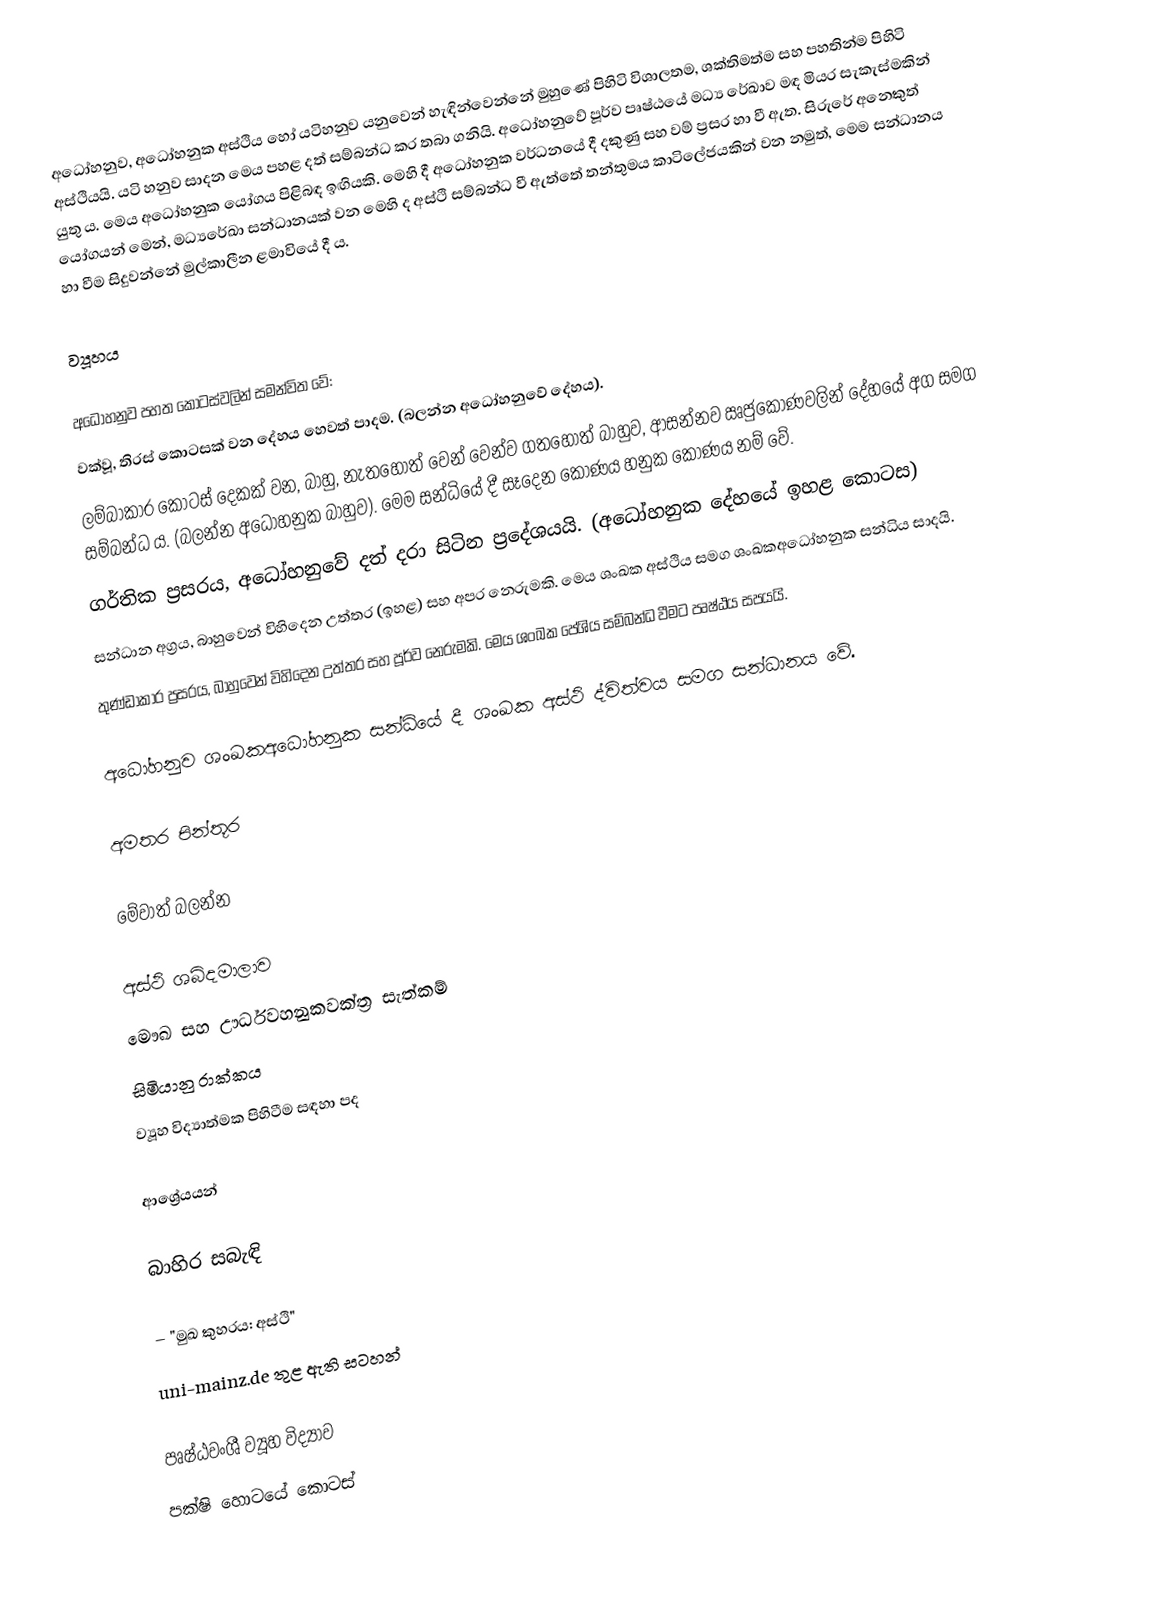
අධෝහනුව, අධෝහනුක අස්ථිය හෝ යටිහනුව යනුවෙන් හැඳින්වෙන්නේ මුහුණේ පිහිටි විශාලතම, ශක්තිමත්ම සහ පහතින්ම පිහිටි අස්ථියයි. යටි හනුව සාදන මෙය පහළ දත් සම්බන්ධ කර තබා ගනියි. අධෝහනුවේ පූර්ව පෘෂ්ඨයේ මධ්‍ය රේඛාව මඳ මියර සැකැස්මකින් යුතු ය. මෙය අධෝහනුක යෝගය පිළිබඳ ඉඟියකි. මෙහි දී අධෝහනුක වර්ධනයේ දී දකුණු සහ වම් ප්‍රසර හා වී ඇත.  සිරුරේ අනෙකුත් යෝගයන් මෙන්, මධ්‍යරේඛා සන්ධානයක් වන මෙහි ද අස්ථි සම්බන්ධ වී ඇත්තේ තන්තුමය කාටිලේජයකින් වන නමුත්, මෙම සන්ධානය හා වීම සිදුවන්නේ මුල්කාලීන ළමාවියේ දී ය.

ව්‍යූහය

අධෝහනුව පහත කොටස්වලින් සමන්විත වේ:
 වක්වූ, තිරස් කොටසක් වන දේහය හෙවත් පාදම. (බලන්න අධෝහනුවේ දේහය).
 ලම්බාකාර කොටස් දෙකක් වන, බාහු, නැතහොත් වෙන් වෙන්ව ගතහොත් බාහුව, ආසන්නව ඍජුකෝණවලින් දේහයේ අග සමග සම්බන්ධ ය. (බලන්න අධෝහනුක බාහුව). මෙම සන්ධියේ දී සෑදෙන කෝණය හනුක කෝණය නම් වේ.
 ගර්තික ප්‍රසරය, අධෝහනුවේ දත් දරා සිටින ප්‍රදේශයයි. (අධෝහනුක දේහයේ ඉහළ කොටස)
 සන්ධාන අග්‍රය, බාහුවෙන් විහිදෙන උත්තර (ඉහළ) සහ අපර නෙරුමකි. මෙය ශංඛක අස්ථිය සමග ශංඛකඅධෝහනුක සන්ධිය සාදයි.
 තුණ්ඩාකාර ප්‍රසරය, බාහුවෙන් විහිදෙන උත්තර සහ පූර්ව නෙරුමකි. මෙය ශංඛක පේශිය සම්බන්ධ වීමට පෘෂ්ඨය සපයයි.

අධෝහනුව ශංඛකඅධෝහනුක සන්ධියේ දී ශංඛක අස්ථි ද්විත්වය සමග සන්ධානය වේ.

අමතර පින්තූර

මේවාත් බලන්න

අස්ථි ශබ්දමාලාව
මෞඛ සහ ඌර්ධවහනුකවක්ත්‍ර සැත්කම්
සිමියානු රාක්කය
ව්‍යූහ විද්‍යාත්මක පිහිටීම සඳහා පද

ආශ්‍රේයයන්

බාහිර සබැඳි

  – "මුඛ කුහරය: අස්ථි"
 uni-mainz.de තුළ ඇති සටහන්

පෘෂ්ඨවංශී ව්‍යූහ විද්‍යාව
පක්ෂි හොට‍යේ කොටස්